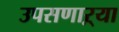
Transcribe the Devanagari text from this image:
उपसणाऱ्या